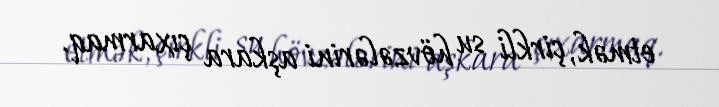
etmək, çirkli su hövzələrini aşkara çıxarmaq.